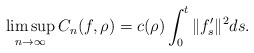
\begin{align*}\limsup_{n \to \infty} C_n(f,\rho) = c(\rho) \int_0^t \|f'_s\|^2 ds.\end{align*}